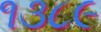
૧૩૮૯